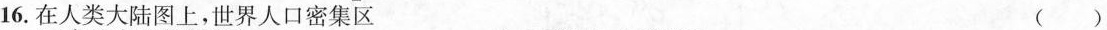
16. 在人类大陆图上，世界人口密集区 ()